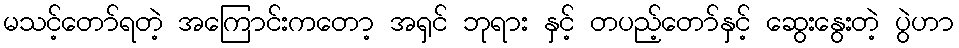
မသင့်တော်ရတဲ့ အကြောင်းကတော့ အရှင် ဘုရား နှင့် တပည့်တော်နှင့် ဆွေးနွေးတဲ့ ပွဲဟာ